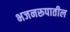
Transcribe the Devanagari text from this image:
भजनरूपातील